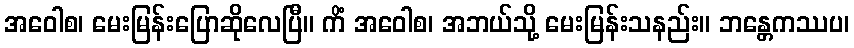
အဝေါစ၊ မေးမြန်းပြောဆိုလေပြီ။ ကိံ အဝေါစ၊ အဘယ်သို့ မေးမြန်းသနည်း။ ဘန္တေကဿပ၊